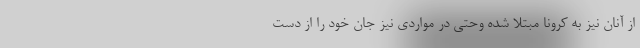
از آنان نیز به کرونا مبتلا شده وحتی در مواردی نیز جان خود را از دست